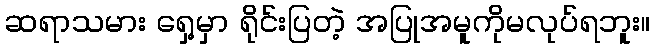
ဆရာသမား ရှေ့မှာ ရိုင်းပြတဲ့ အပြုအမူကိုမလုပ်ရဘူး။